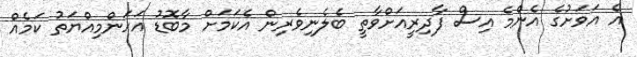
އެ އަވަށުގެ އެންމެ އިސް ފާދިރީއަށްވާތީ ބެލެނިވެރިން އެކަމަށް މާބޮޑު އަހަންމިއްޔަތު ކަމެއް